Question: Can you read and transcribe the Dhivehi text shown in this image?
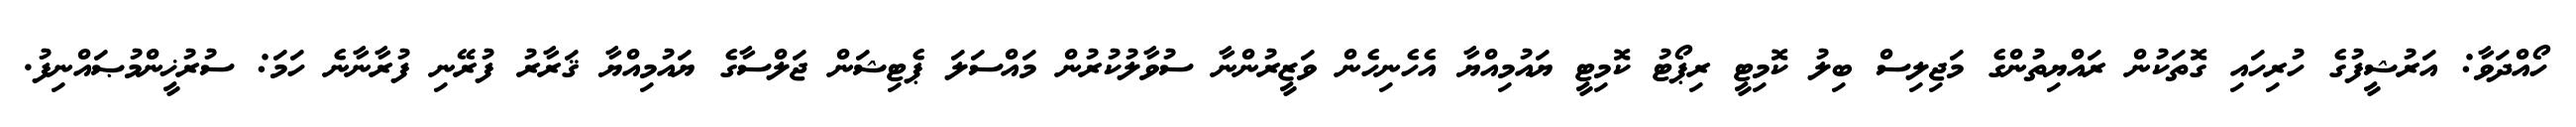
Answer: ހޯއްދަވާ: އަރުޝީފުގެ ހުރިހައި ގޮތަކުން ރައްޔިތުންގެ މަޖިލިސް ބިލު ކޮމިޓީ ރިޕޯޓު ކޮމިޓީ ޔައުމިއްޔާ އެހެނިހެން ވަޒީރުންނާ ސުވާލުކުރުން މައްސަލަ ޕެޓިޝަން ޖަލްސާގެ ޔައުމިއްޔާ ޤަރާރު ފުރޭނި ފުރާނާނެ ހަމަ: ސުރުޚީންމުޞައްނިފު.